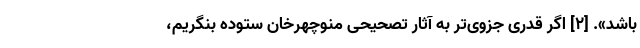
باشد». [۲] اگر قدری جزوی‌تر به آثارِ تصحیحیِ منوچهرخان ستوده بنگریم،